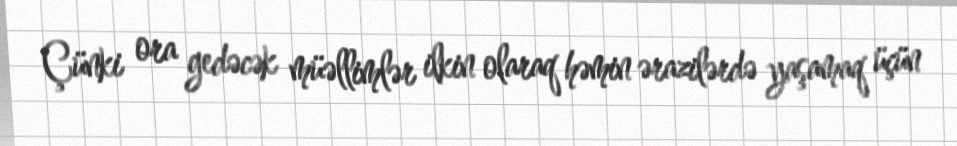
Çünki ora gedəcək müəllimlər ilkin olaraq həmin ərazilərdə yaşamaq üçün